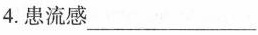
4.患流感___